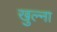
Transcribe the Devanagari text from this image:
खुल्ना